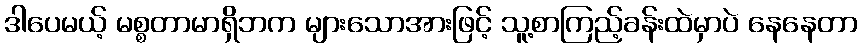
ဒါပေမယ့် မစ္စတာမာရှိဘက များသောအားဖြင့် သူ့စာကြည့်ခန်းထဲမှာပဲ နေနေတာ